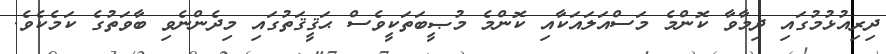
ދިރިއުޅުމުގައި ދިމާވާ ކޮންމެ މަސްއަލައަކާއި ކޮންމެ މުޞީބަތަކީވެސް ޙަޤީޤަތުގައި މިދެންނެވި ބާވަތުގެ ކަމެކެވެ.